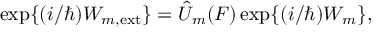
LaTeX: \mathrm { e x p } \{ ( i / \hbar ) W _ { m , \mathrm { e x t } } \} = \hat { U } _ { m } ( F ) \, \mathrm { e x p } \{ ( i / \hbar ) W _ { m } \} ,